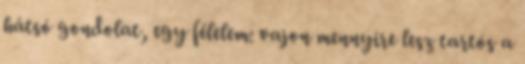
hátsó gondolat, egy félelem: vajon mennyire lesz tartós a